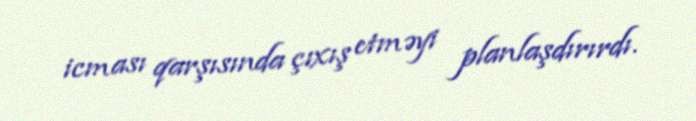
icması qarşısında çıxış etməyi planlaşdırırdı.